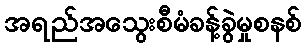
အရည်အသွေးစီမံခန့်ခွဲမှုစနစ်